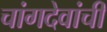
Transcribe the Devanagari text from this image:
चांगदेवांची